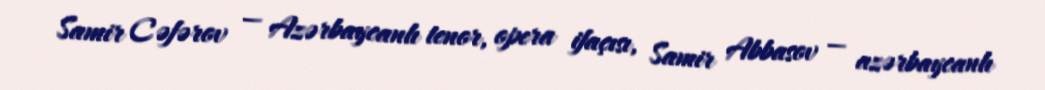
Samir Cəfərov — Azərbaycanlı tenor, opera ifaçısı, Samir Abbasov — azərbaycanlı